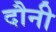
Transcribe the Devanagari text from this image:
दौनी